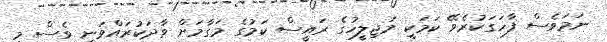
ނަމަވެސް ފާހަގަކުރެވޭ ކަމަކީ މަޖިލީހުގެ ރައީސް ކަމުގެ މަގާމަށް ވާދަކުރައްވަނީ ވެސް މި